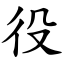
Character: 役